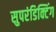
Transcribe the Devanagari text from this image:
सुपरंडिक्टिंग